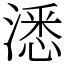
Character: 㴽